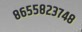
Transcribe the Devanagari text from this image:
८६५५८२३७४८